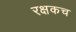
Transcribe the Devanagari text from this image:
रक्षकच